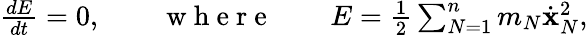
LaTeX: \begin{array}{r}{\frac{dE}{dt}=0,\qquad\mathrm{~w~h~e~r~e~}\qquad E=\frac 12\sum_{N=1}^{n}m_{N}\dot{\mathbf x}_{N}^{2},}\end{array}